Scottish Leaving Certificate Examination, 1955
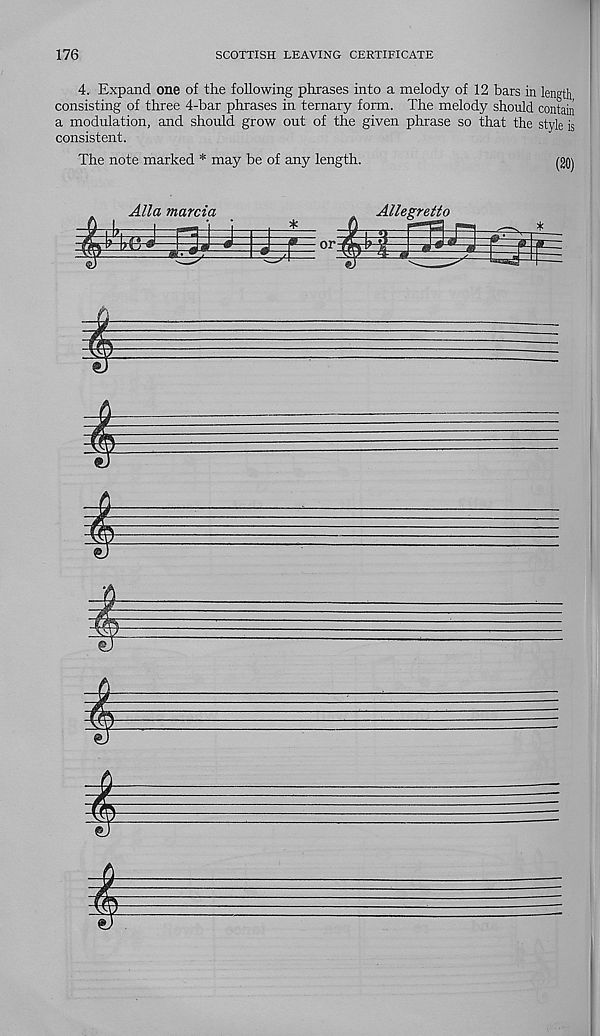
176
SCOTTISH LEAVING CERTIFICATE
4. Expand one of the following phrases into a melody of 12 bars in length
consisting of three 4-bar phrases in ternary form. The melody should contain
a modulation, and should grow out of the given phrase so that the style is
consistent.
The note marked * may be of any length.
m
Alla marcia
or- M
Allegretto
mm